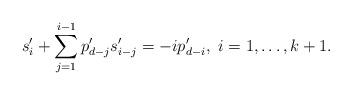
LaTeX: \begin{align*} s_i'+\sum_{j=1}^{i-1}p'_{d-j}s'_{i-j}=-ip'_{d-i},~i=1,\dots,k+1. \end{align*}